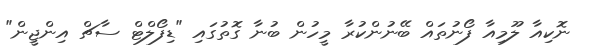
ނޮކިއާ ލޫމިއާ ފޯނުތައް ބޭނުންކުރާ މީހުން ބުނާ ގޮތުގައި "ޑިފޯލްޓް ސާޗް އިންޖީން"